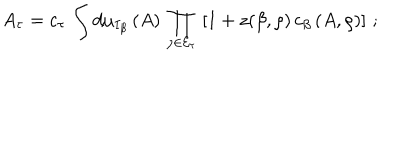
LaTeX: \left. A _ { \tau } = c _ { \tau } \, \int d \mu _ { I _ { \beta } } \, ( A ) \, \prod _ { \rho \in { \cal E } _ { \tau } } \, \left[ 1 + z ( \beta , \rho ) \, c _ { \beta } \, ( A , \rho ) \right] \, ; \right.